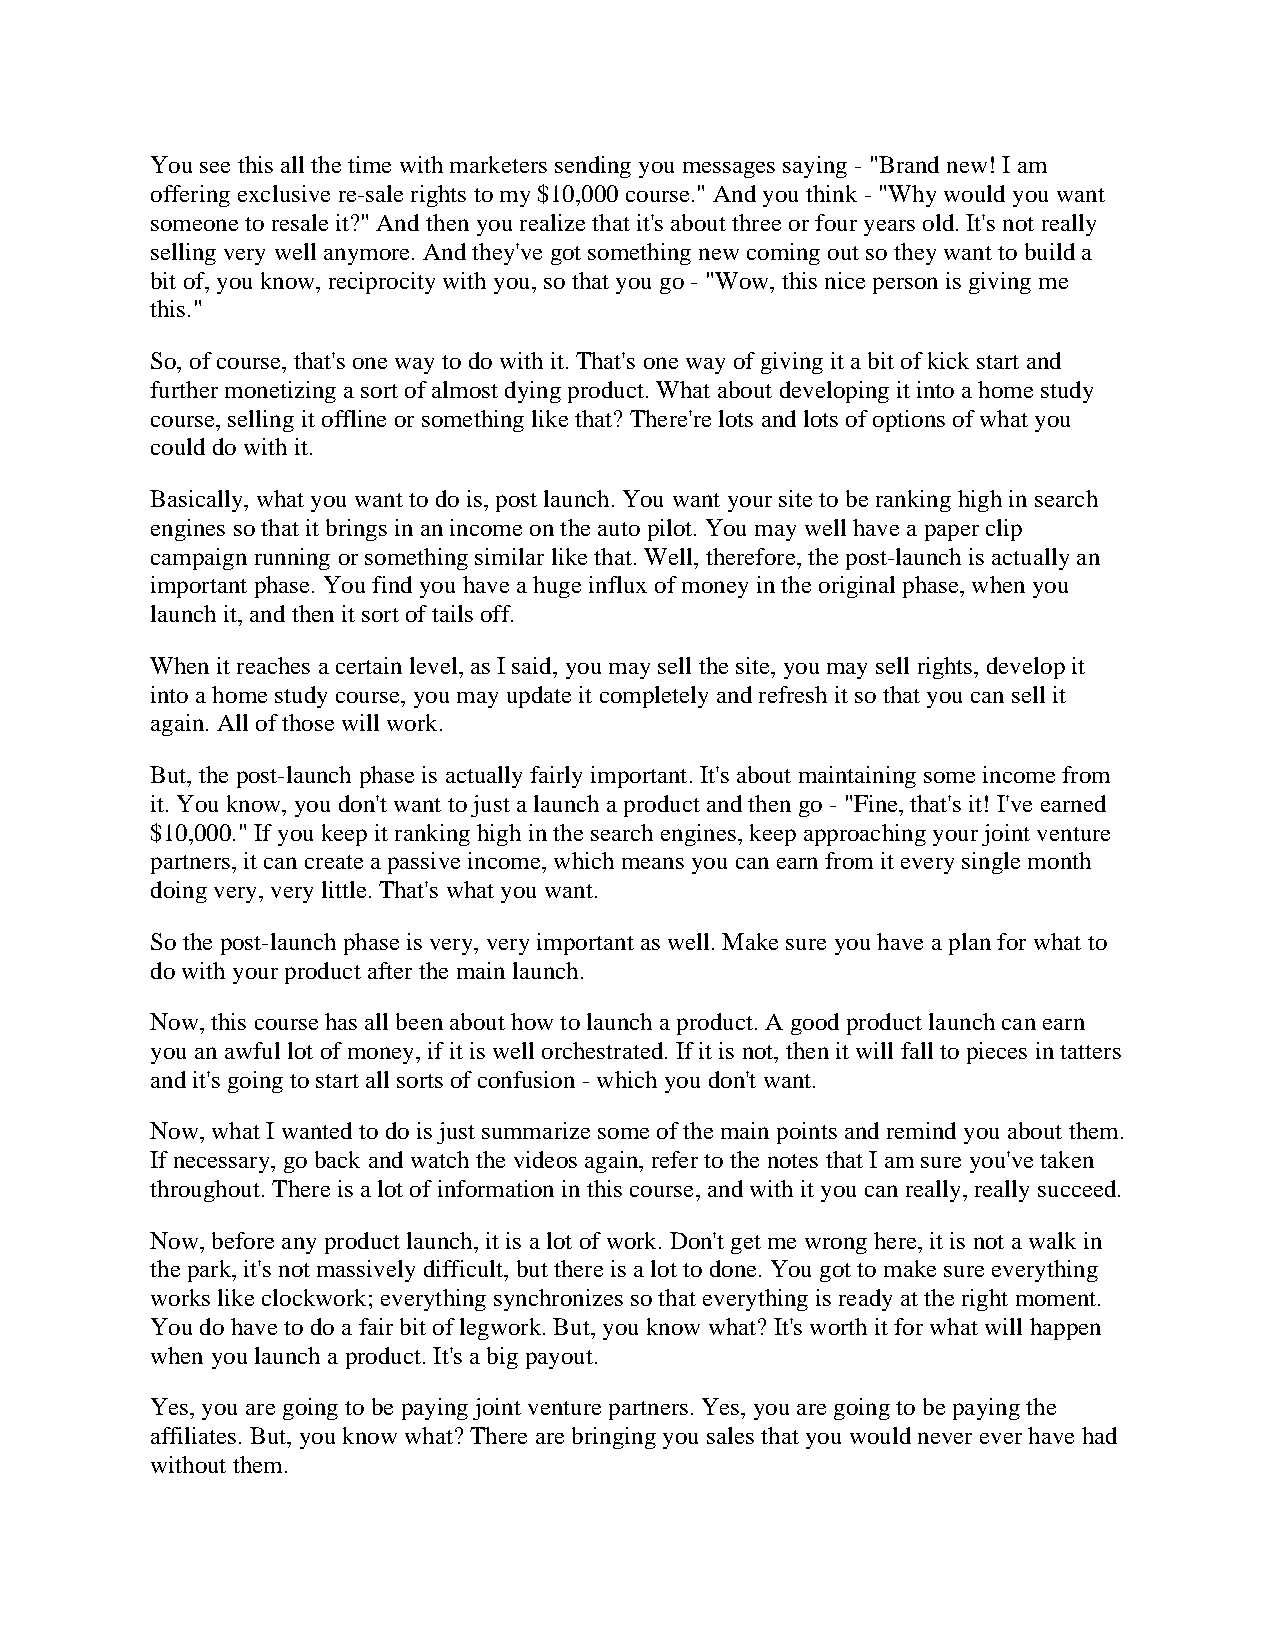
You see this all the time with marketers sending you messages saying - "Brand new! I am
 offering exclusive re-sale rights to my $10,000 course." And you think - "Why would you want
 someone to resale it?" And then you realize that it's about three or four years old. It's not really
 selling very well anymore. And they've got something new coming out so they want to build a
 bit of, you know, reciprocity with you, so that you go - "Wow, this nice person is giving me
 this."
 So, of course, that's one way to do with it. That's one way of giving it a bit of kick start and
 further monetizing a sort of almost dying product. What about developing it into a home study
 course, selling it offline or something like that? There're lots and lots of options of what you
 could do with it.
 Basically, what you want to do is, post launch. You want your site to be ranking high in search
 engines so that it brings in an income on the auto pilot. You may well have a paper clip
 campaign running or something similar like that. Well, therefore, the post-launch is actually an
 important phase. You find you have a huge influx of money in the original phase, when you
 launch it, and then it sort of tails off.
 When it reaches a certain level, as I said, you may sell the site, you may sell rights, develop it
 into a home study course, you may update it completely and refresh it so that you can sell it
 again. All of those will work.
 But, the post-launch phase is actually fairly important. It's about maintaining some income from
 it. You know, you don't want to just a launch a product and then go - "Fine, that's it! I've earned
 $10,000." If you keep it ranking high in the search engines, keep approaching your joint venture
 partners, it can create a passive income, which means you can earn from it every single month
 doing very, very little. That's what you want.
 So the post-launch phase is very, very important as well. Make sure you have a plan for what to
 do with your product after the main launch.
 Now, this course has all been about how to launch a product. A good product launch can earn
 you an awful lot of money, if it is well orchestrated. If it is not, then it will fall to pieces in tatters
 and it's going to start all sorts of confusion - which you don't want.
 Now, what I wanted to do is just summarize some of the main points and remind you about them.
 If necessary, go back and watch the videos again, refer to the notes that I am sure you've taken
 throughout. There is a lot of information in this course, and with it you can really, really succeed.
 Now, before any product launch, it is a lot of work. Don't get me wrong here, it is not a walk in
 the park, it's not massively difficult, but there is a lot to done. You got to make sure everything
 works like clockwork; everything synchronizes so that everything is ready at the right moment.
 You do have to do a fair bit of legwork. But, you know what? It's worth it for what will happen
 when you launch a product. It's a big payout.
 Yes, you are going to be paying joint venture partners. Yes, you are going to be paying the
 affiliates. But, you know what? There are bringing you sales that you would never ever have had
 without them.